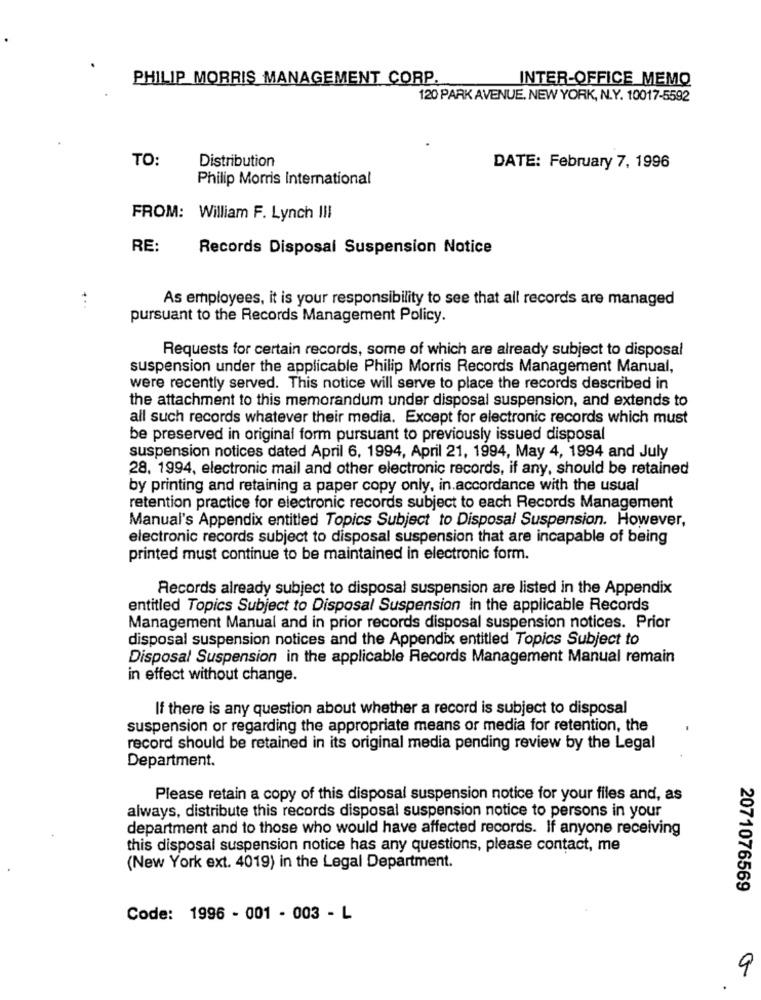
PHILIP MORRIS MANAGEMENT CORP.
INTER-OFFICE MEMQ
120 PARK AVENUE, NEW YORK, N.Y. 10017-5592
TO:
Distribution
DATE: February 7, 1996
Philip Morris International
FROM: William F. Lynch III
RE:
Records Disposal Suspension Notice
As employees, it is your responsibility to see that all records are managed
pursuant to the Records Management Policy.
Requests for certain records, some of which are already subject to disposal
suspension under the applicable Philip Morris Records Management Manual,
were recently served. This notice will serve to place the records described in
the attachment to this memorandum under disposal suspension, and extends to
all such records whatever their media. Except for electronic records which must
be preserved in original form pursuant to previously issued disposal
suspension notices dated April 6, 1994, April 21, 1994, May 4, 1994 and July
28. 1994, electronic mail and other electronic records, if any, should be retained
by printing and retaining a paper copy only, in accordance with the usual
retention practice for electronic records subject to each Records Management
Manual's Appendix entitled Topics Subject to Disposal Suspension. However,
electronic records subject to disposal suspension that are incapable of being
printed must continue to be maintained in electronic form.
Records already subject to disposal suspension are listed in the Appendix
entitled Topics Subject to Disposal Suspension in the applicable Records
Management Manual and in prior records disposal suspension notices. Prior
disposal suspension notices and the Appendix entitled Topics Subject to
Disposal Suspension in the applicable Records Management Manual remain
in effect without change.
If there is any question about whether a record is subject to disposal
suspension or regarding the appropriate means or media for retention, the
record should be retained in its original media pending review by the Legal
Department.
Please retain a copy of this disposal suspension notice for your files and, as
always, distribute this records disposal suspension notice to persons in your
department and to those who would have affected records. If anyone receiving
this disposal suspension notice has any questions, please contact, me
(New York ext. 4019) in the Legal Department.
2071076569
Code: 1996 - 001 - 003 - L
9